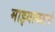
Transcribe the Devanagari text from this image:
माझ्याकडचं